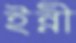
ইন্নী